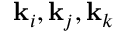
\mathbf { k } _ { i } , \mathbf { k } _ { j } , \mathbf { k } _ { k }